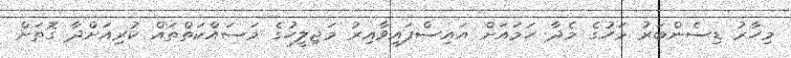
މިހާރު ޑިސެންބަރު މަހުގެ މެދާ ހަމައަށް އައިސްފައިވާއިރު މަޖިލީހުގެ މަސައްކަތްތައް ކުރިއަށްދާ ގޮތަށް